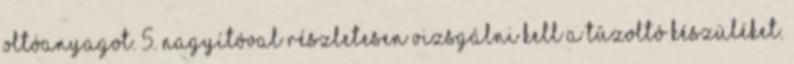
oltóanyagot. 5. Nagyítóval részletesen vizsgálni kell a tûzoltó készüléket.